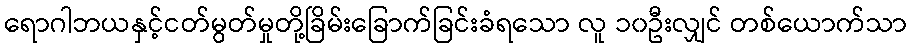
ရောဂါဘယနှင့်ငတ်မွတ်မှုတို့ခြိမ်းခြောက်ခြင်းခံရသော လူ ၁၀ဦးလျှင် တစ်ယောက်သာ